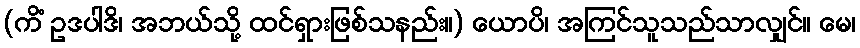
(ကိံ ဥဒပါဒိ၊ အဘယ်သို့ ထင်ရှားဖြစ်သနည်း။) ယောပိ၊ အကြင်သူသည်သာလျှင်။ မေ၊